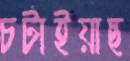
চটাইয়াছ